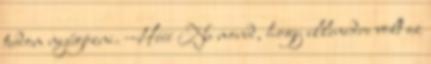
tudom nyűgözni. -Hééé Ne mond, hogy ellenedre volt az